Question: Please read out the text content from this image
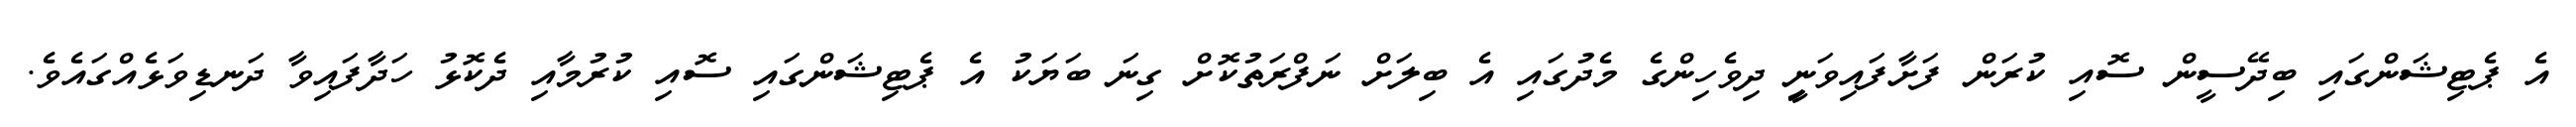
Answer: އެ ޕެޓިޝަންގައި ބިދޭސީން ސޮއި ކުރަން ފަށާފައިވަނިީ ދިވެހިންގެ މެދުގައި އެ ބިލަށް ނަފްރަތުކޮށް ގިނަ ބަޔަކު އެ ޕެޓިޝަންގައި ސޮއި ކުރުމާއި ދެކޮޅު ހަދާފައިވާ ދަނޑިވަޅެއްގައެވެ.